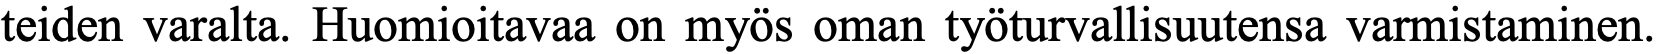
teiden varalta. Huomioitavaa on myös oman työturvallisuutensa varmistaminen.